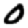
Digit: 0